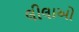
લીલાઓ